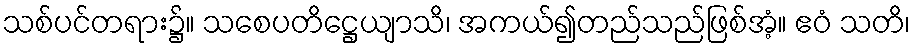
သစ်ပင်တရား၌။ သစေပတိဋ္ဌေယျာသိ၊ အကယ်၍တည်သည်ဖြစ်အံ့။ ဧဝံ သတိ၊